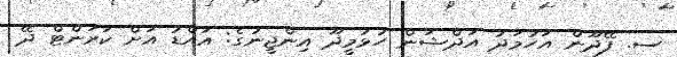
ސ. ފޭދޫން އަހުމަދު އަދްޝަން ހުޅުމީދޫ އިންޖީނުގެ: އައްޑު އަށް ކަރަންޓް ދޭ